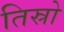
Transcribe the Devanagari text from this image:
तिस्रो